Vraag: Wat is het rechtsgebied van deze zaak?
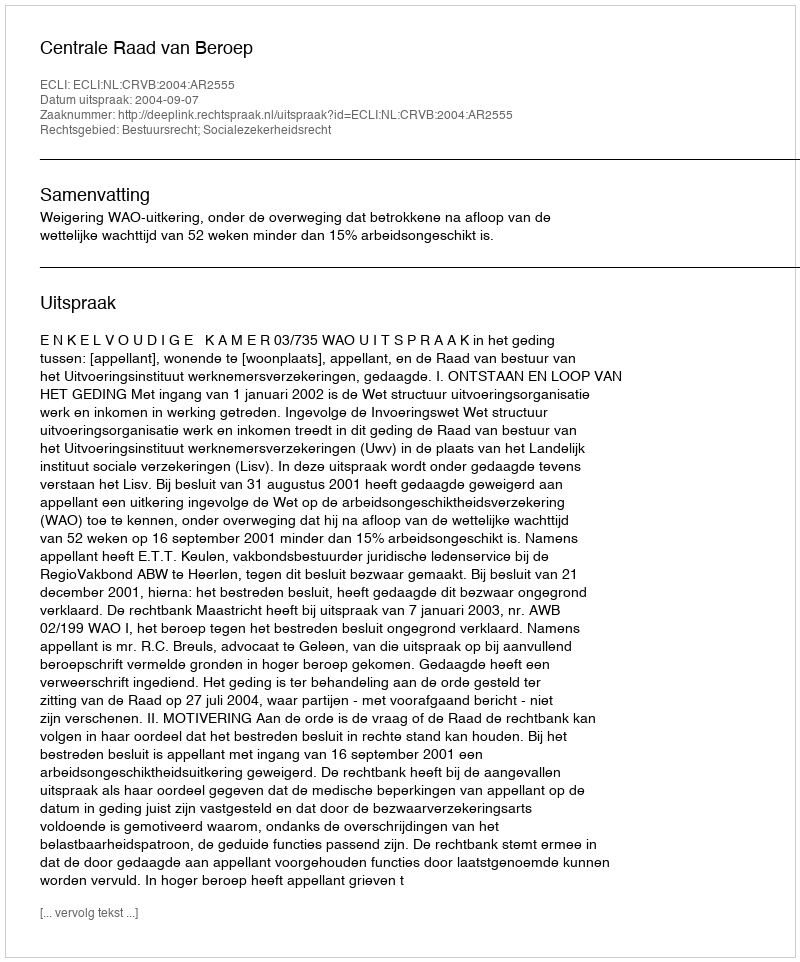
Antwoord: Bestuursrecht; Socialezekerheidsrecht